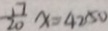
\frac { 1 7 } { 2 0 } x = 4 2 5 0